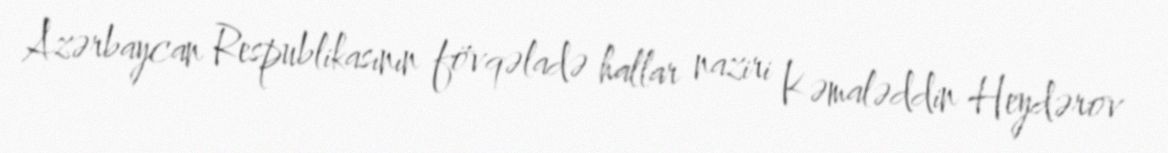
Azərbaycan Respublikasının fövqəladə hallar naziri Kəmaləddin Heydərov